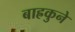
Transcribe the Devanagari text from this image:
बाह्रकुने